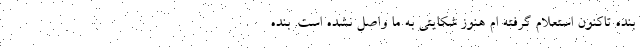
بنده تاکنون استعلام گرفته ام هنوز شکایتی به ما واصل نشده است. بنده